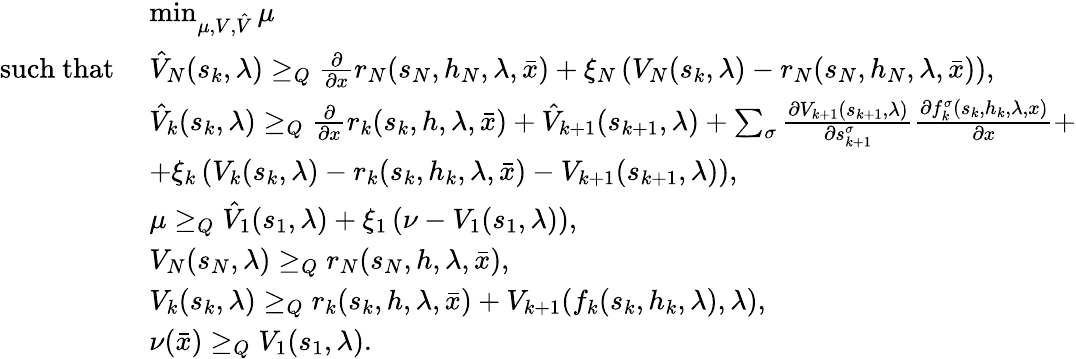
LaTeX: \begin{array}{rl}&{\operatorname*{min}_{\mu,V,\hat{V}}\mu}\\ {\mathrm{such~that~}}&{\hat{V}_{N}(s_{k},\lambda)\geq_{Q}\frac{\partial}{\partial x}r_{N}(s_{N},h_{N},\lambda,\bar{x})+\xi_{N}\left(V_{N}(s_{k},\lambda)-r_{N}(s_{N},h_{N},\lambda,\bar{x})\right),}\\ &{\hat{V}_{k}(s_{k},\lambda)\geq_{Q}\frac{\partial}{\partial x}r_{k}(s_{k},h,\lambda,\bar{x})+\hat{V}_{k+1}(s_{k+1},\lambda)+\sum_{\sigma}\frac{\partial V_{k+1}(s_{k+1},\lambda)}{\partial s_{k+1}^{\sigma}}\frac{\partial f_{k}^{\sigma}(s_{k},h_{k},\lambda,x)}{\partial x}+}\\ &{+\xi_{k}\left(V_{k}(s_{k},\lambda)-r_{k}(s_{k},h_{k},\lambda,\bar{x})-V_{k+1}(s_{k+1},\lambda)\right),}\\ &{\mu\geq_{Q}\hat{V}_{1}(s_{1},\lambda)+\xi_{1}\left(\nu-V_{1}(s_{1},\lambda)\right),}\\ &{V_{N}(s_{N},\lambda)\geq_{Q}r_{N}(s_{N},h,\lambda,\bar{x}),}\\ &{V_{k}(s_{k},\lambda)\geq_{Q}r_{k}(s_{k},h,\lambda,\bar{x})+V_{k+1}(f_{k}(s_{k},h_{k},\lambda),\lambda),}\\ &{\nu(\bar{x})\geq_{Q}V_{1}(s_{1},\lambda).}\end{array}